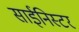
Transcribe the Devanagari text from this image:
साईनिस्टर